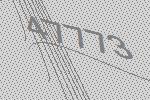
47773